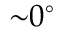
{ \sim } 0 ^ { \circ }